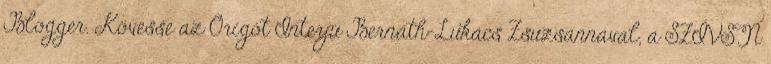
Blogger. Kövesse az Origót Interjú Bernáth-Lukács Zsuzsannával, a SZÍVSN